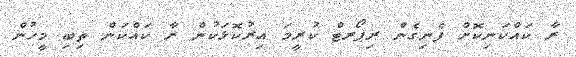
ރާ ކައްކަނިކޮށް ފެނިގެން ރިޕޯރޓް ކުރީމަ އިރުކޮޅަކުން ރާ ކައްކަން ތިބި މީހުން